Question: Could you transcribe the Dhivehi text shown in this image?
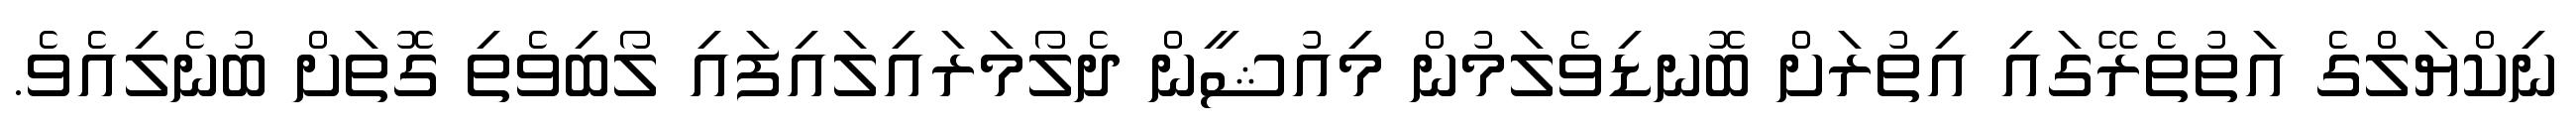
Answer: ނިކްޔަލްގެ އަތުތެރޭގައި އިތުރަށް ބޮނޑިވެލަމުން މިއުޝީން ދެލޯމަރައިލައިފައި ލޯބިވެތި ގޮތަށް ބުނެލިއެވެ.